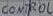
Text: CONTROL